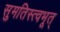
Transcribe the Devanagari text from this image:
सुमतिस्त्वभूत्